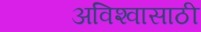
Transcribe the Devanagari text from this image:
अविश्‍वासाठी